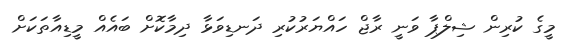
މީގެ ކުރިން ޝިލްޕާ ވަނީ ރާޖް ހައްޔަރުކުރި ދަނޑިވަޅާ ދިމާކޮށް ބައެއް މީޑިއާތަކަށް